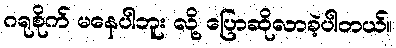
ဂရုစိုက် မနေပါဘူး လို့ ပြောဆိုလာခဲ့ပါတယ်။